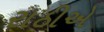
રાઠીએ